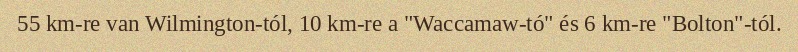
55 km-re van Wilmington-tól, 10 km-re a "Waccamaw-tó" és 6 km-re "Bolton"-tól.